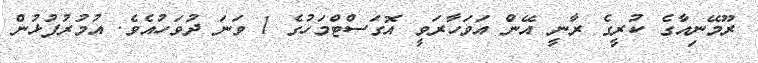
ރޫމޭނިއާގެ ކުރީގެ ރާނީ އޭން އަވަހާރަވީ އޮގަސްޓްމަހުގެ 1 ވަނަ ދުވަހުއެވެ. އުމުރުފުޅުން